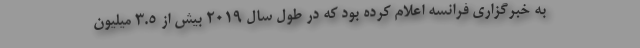
به خبرگزاری فرانسه اعلام کرده بود که در طول سال 2019 بیش از 3.5 میلیون